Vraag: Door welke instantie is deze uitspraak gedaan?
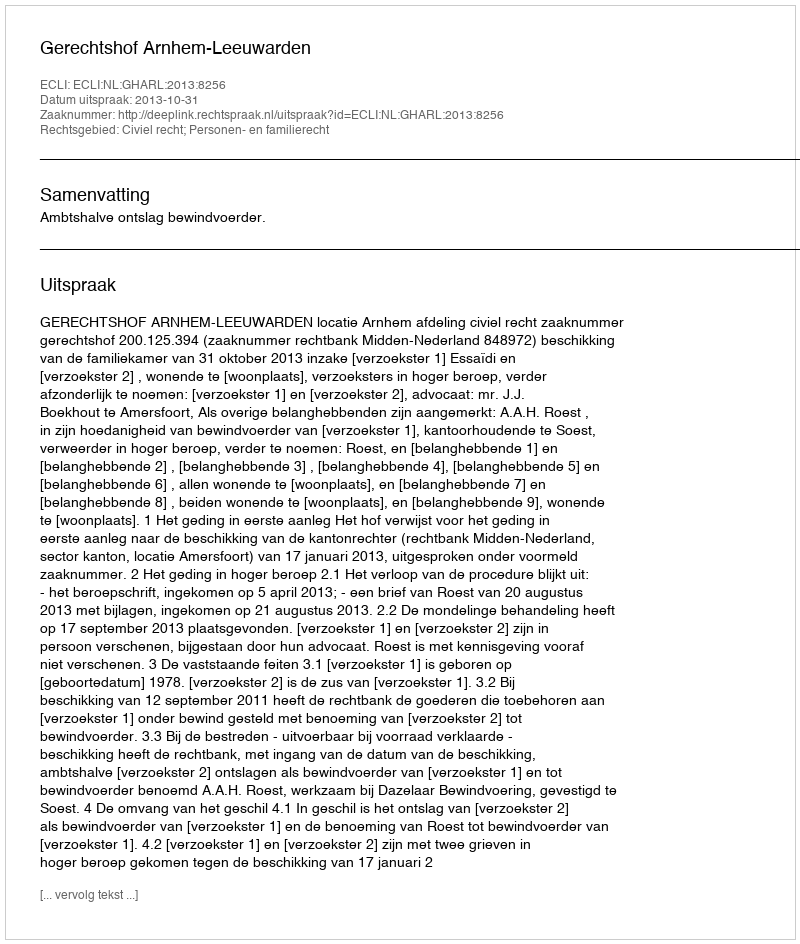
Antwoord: Gerechtshof Arnhem-Leeuwarden